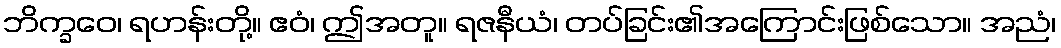
ဘိက္ခဝေ၊ ရဟန်းတို့။ ဧဝံ၊ ဤအတူ။ ရဇနီယံ၊ တပ်ခြင်း၏အကြောင်းဖြစ်သော။ အညံ၊